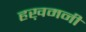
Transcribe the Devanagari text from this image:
हख़मनी